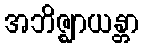
အဘိဇ္ဈာယန္တာ